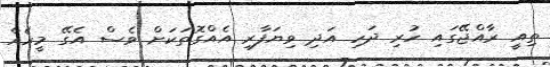
ތިއީ ރާއްޖޭގައި ހުރި ދަހި އަދި ވިޔަފާރި އެއްގޮތަކަށް ވެސް އެގޭ މީހެއް